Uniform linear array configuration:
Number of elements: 48
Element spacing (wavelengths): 1
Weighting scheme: hamming
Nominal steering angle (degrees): -60
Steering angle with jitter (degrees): -61.309
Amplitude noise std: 0.05
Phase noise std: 0.05

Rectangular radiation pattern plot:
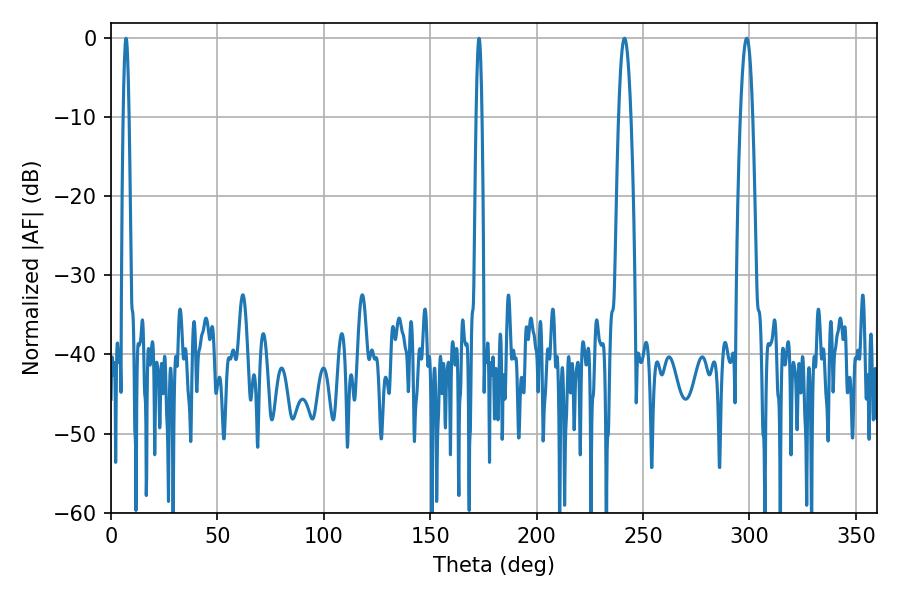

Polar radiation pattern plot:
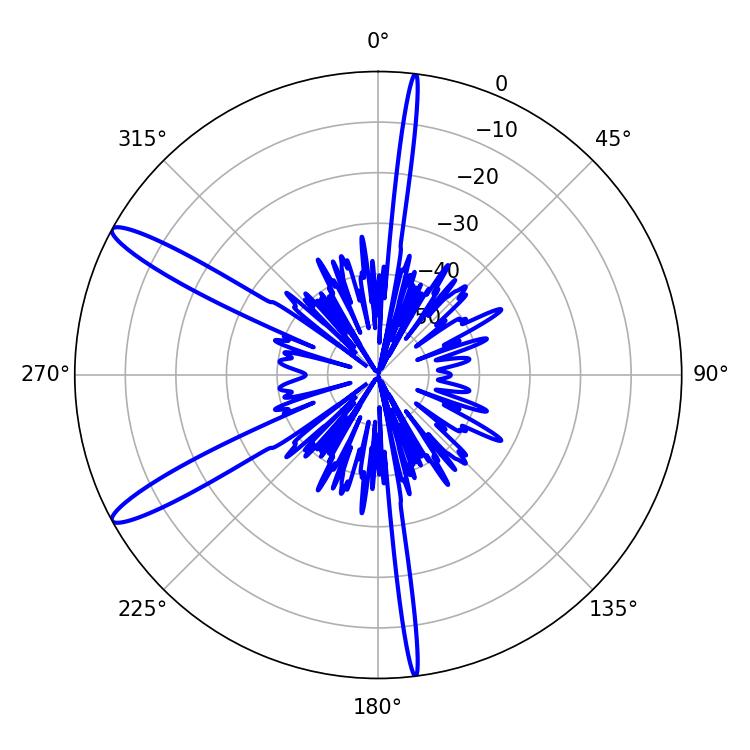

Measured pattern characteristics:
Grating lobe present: TRUE
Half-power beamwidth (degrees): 3.06
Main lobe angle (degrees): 241.2